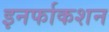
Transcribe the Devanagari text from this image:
इनर्फाकशन